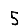
Digit: 5